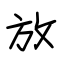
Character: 放